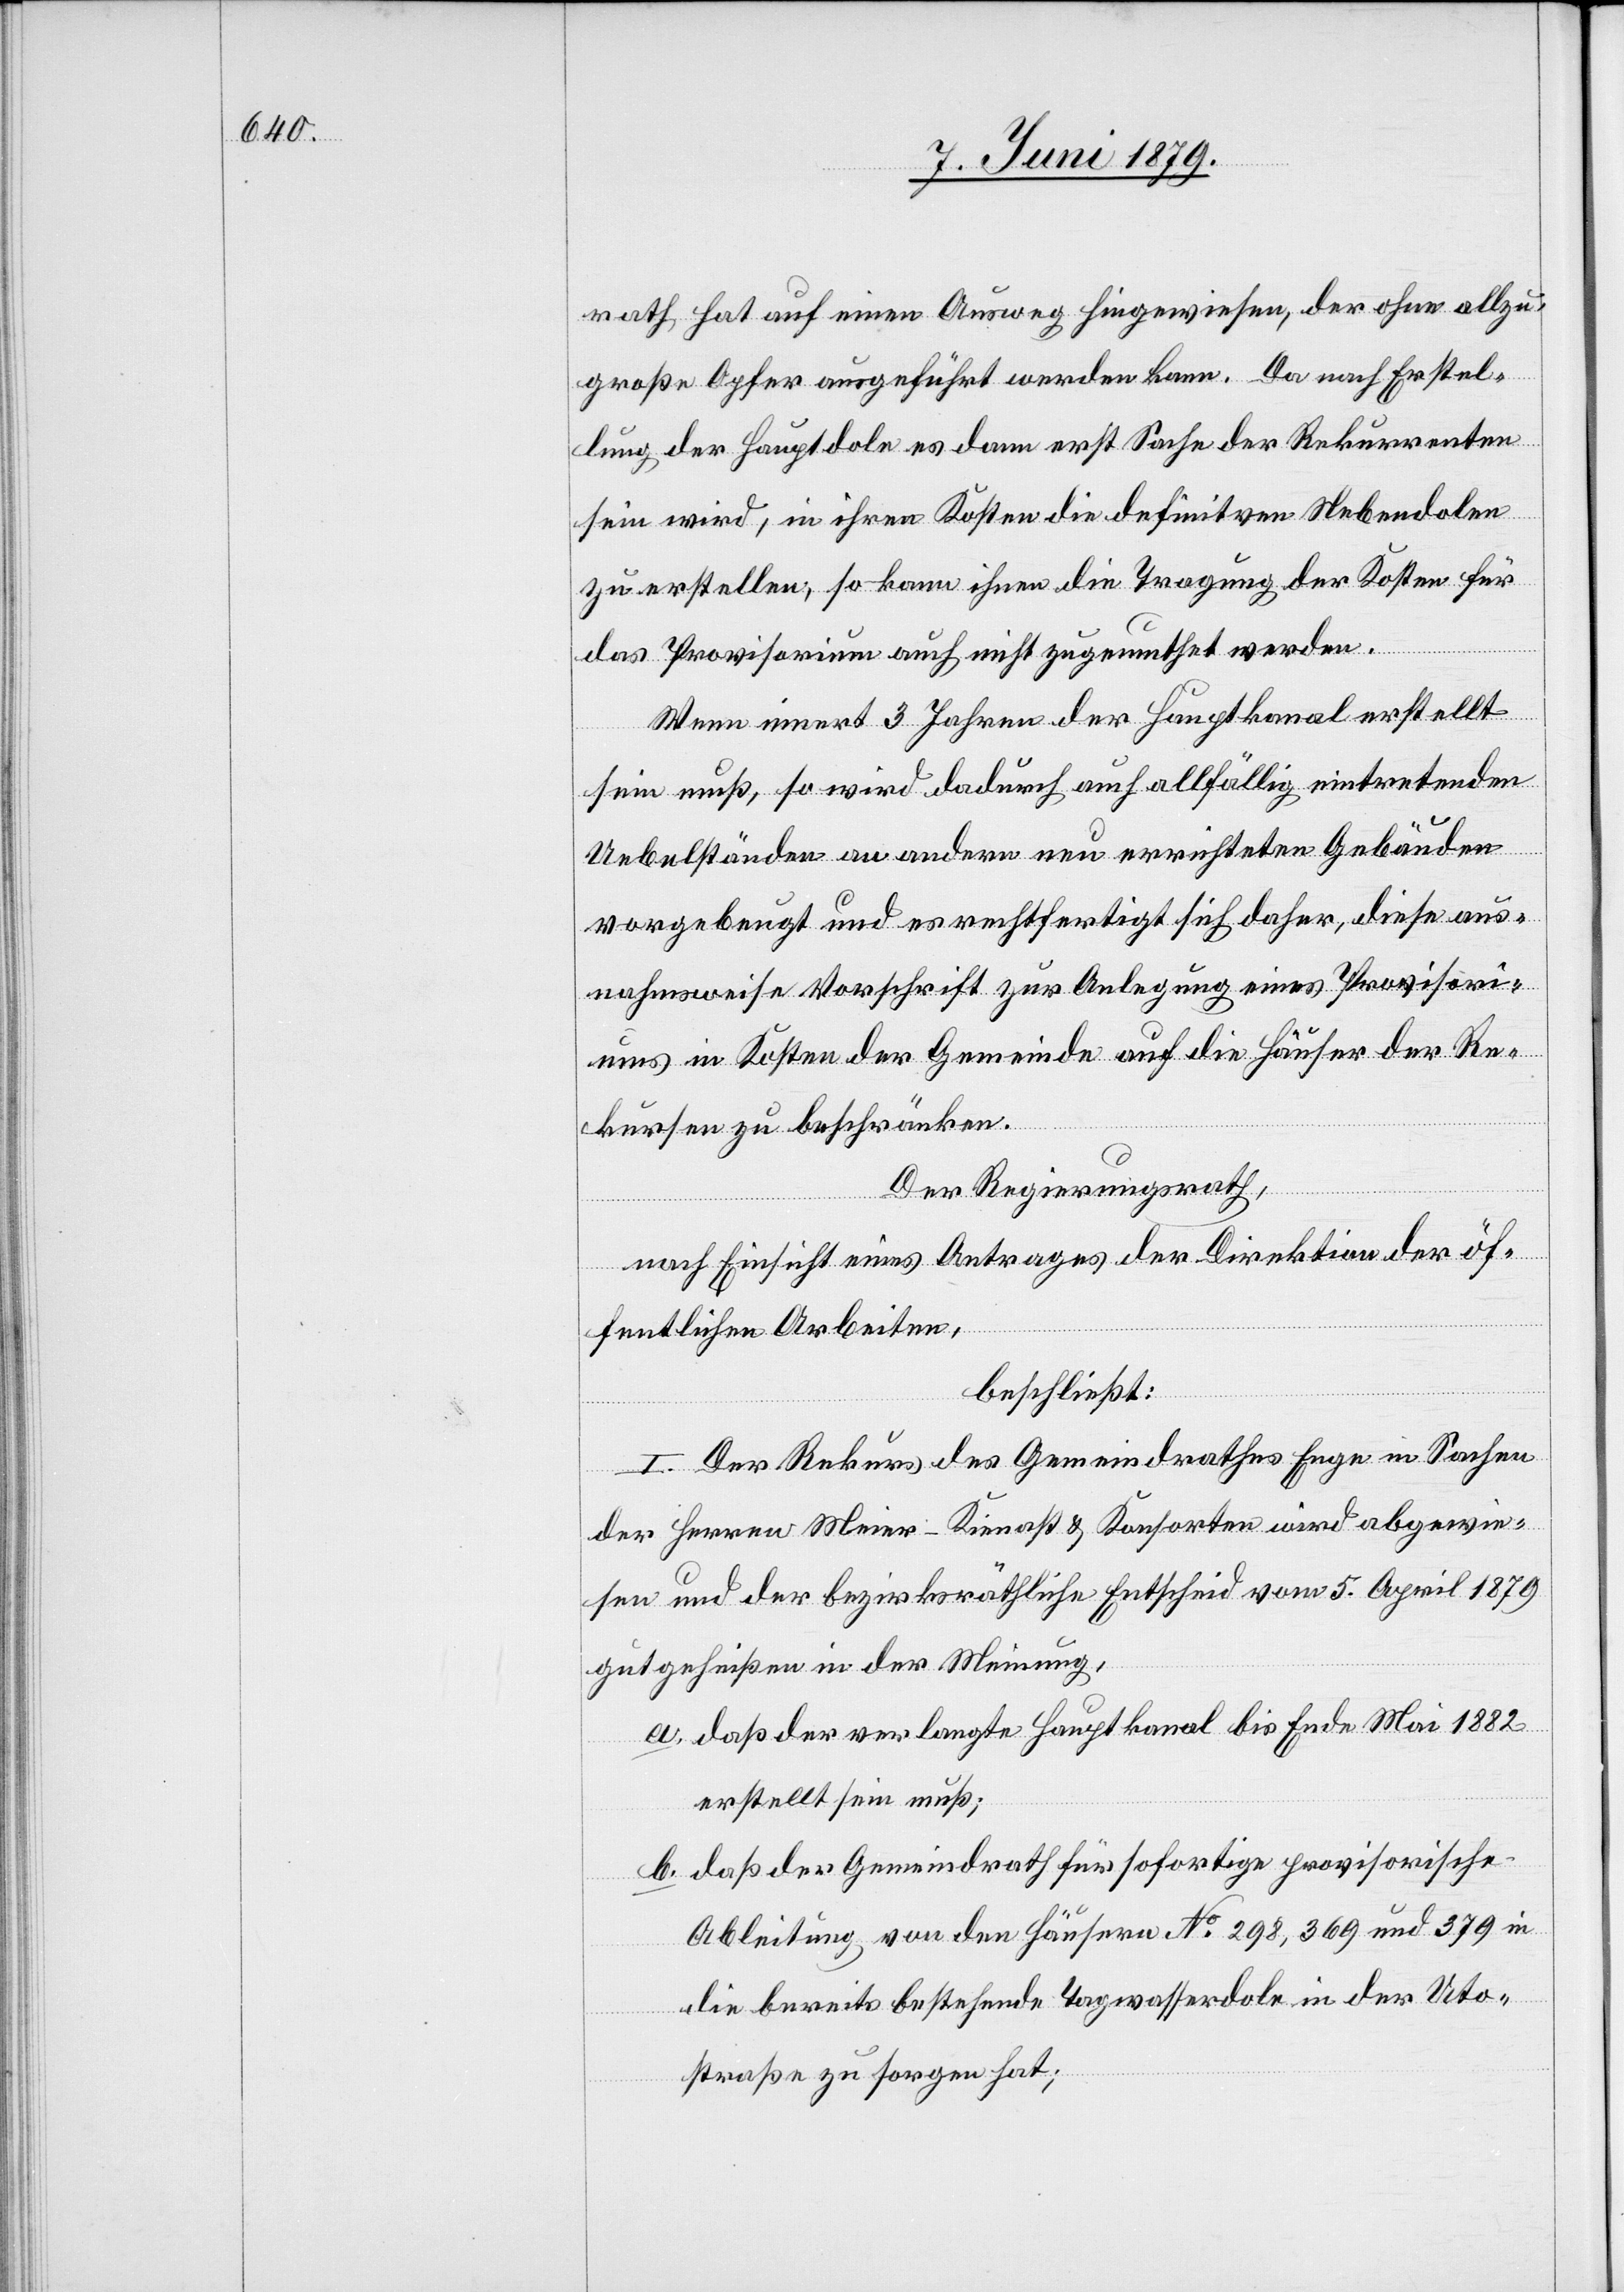
rath hat auf einen Ausweg hingewiesen, der ohne allzu¬
große Opfer ausgeführt werden kann. Da nach Erstel¬
lung der Hauptdole es dann erst Sache der Rekurrenten
sein wird, in ihren Kosten die definitiven Nebendolen
zu erstellen, so kann ihnen die Tragung der Kosten für
das Provisorium auch nicht zugemuthet werden.
Wenn innert 3 Jahren der Hauptkanal erstellt
sein muß, so wird dadurch auch allfällig eintretenden
Uebelständen an andern neu errichteten Gebäuden
vorgebeugt und es rechtfertigt sich daher, diese aus¬
nahmsweise Vorschrift zur Anlegung eines Provisori¬
ums in Kosten der Gemeinde auf die Häuser der Re¬
kursen zu beschränken.
Der Regierungsrath,
nach Einsicht eines Antrages der Direktion der öf¬
fentlichen Arbeiten,
beschließt:
I. Der Rekurs des Gemeindrathes Enge in Sachen
der Herren Meier-Kienast & Konsorten wird abgewie¬
sen und der bezirksräthliche Entscheid vom 5. April 1879
gutgeheißen in der Meinung,
a. daß der verlangte Hauptkanal bis Ende Mai 1882
erstellt sein muß;
b. daß der Gemeindrath für sofortige provisorische
Ableitung von den Häusern No 298, 369 und 379 in
die bereits bestehende Tagwasserdole in der Uto¬
straße zu sorgen hat;